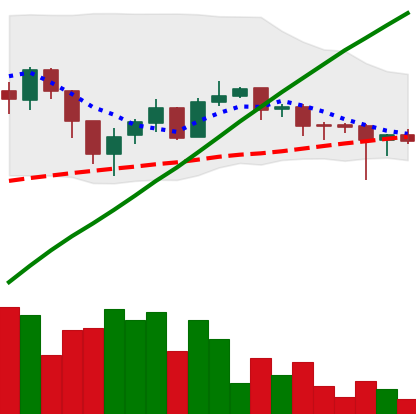
Ticker: LTC-USD
Chart end date: 2017-07-30
Forward return: 7.49%
Label: up_7plus